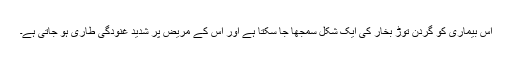
اس بیماری کو گردن توڑ بخار کی ایک شکل سمجھا جا سکتا ہے اور اس کے مریض پر شدید غنودگی طاری ہو جاتی ہے۔